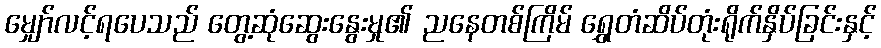
မျှော်လင့်ရပေသည် တွေ့ဆုံဆွေးနွေးမှု၏ ညနေတစ်ကြိမ် ရွှေတံဆိပ်တုံးရိုက်နှိပ်ခြင်းနှင့်